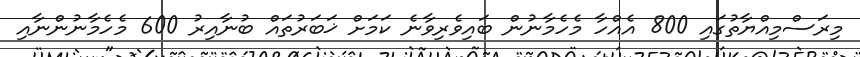
މިރަސްމިއްޔާތުގައި 800 އެއްހާ މެހެމާނުން ބައިވެރިވާނެ ކަމަށް ޚަބަރުތައް ބުނާއިރު 600 މެހެމާނުންނާއި